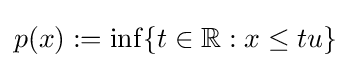
p(x):=\inf\{t\in \mathbb {R} :x\leq tu\}